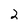
Character: 2